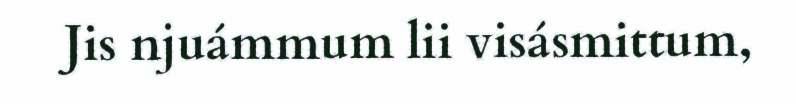
Jis njuámmum lii visásmittum,